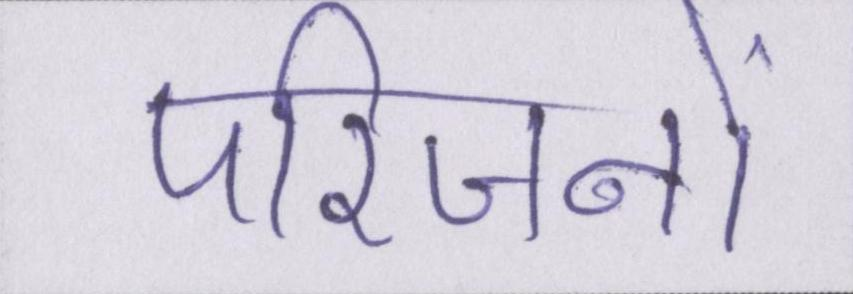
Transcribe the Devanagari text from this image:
परिजनों